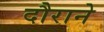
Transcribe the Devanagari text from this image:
दौराने